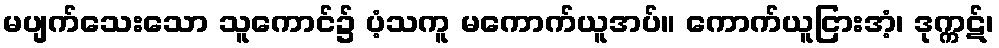
မပျက်သေးသော သူကောင်၌ ပံ့သကူ မကောက်ယူအပ်။ ကောက်ယူငြားအံ့၊ ဒုက္ကဋ်၊